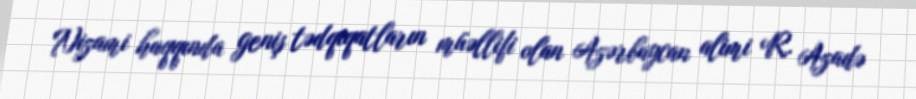
Nizami haqqında geniş tədqiqatların müəllifi olan Azərbaycan alimi R. Azadə